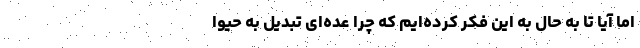
اما آیا تا به حال به این فکر کرده‌ایم که چرا عده‌ای تبدیل به حیوا